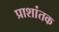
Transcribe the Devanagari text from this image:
प्राशांतक